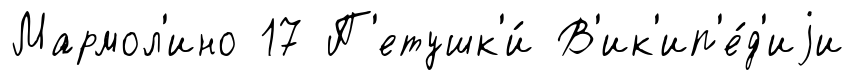
Мармол'ино 17 П'етушк'и́ В'ик'ип'е́д'иjи